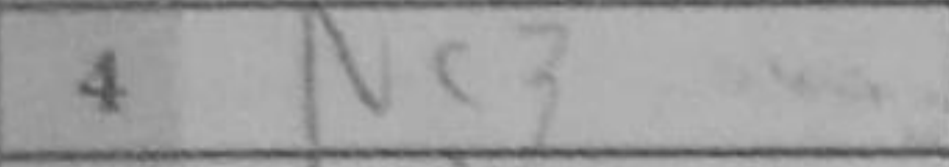
Transcription: Nc3